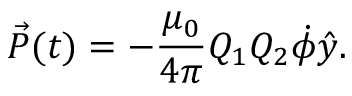
\vec { P } ( t ) = - \frac { \mu _ { 0 } } { 4 \pi } Q _ { 1 } Q _ { 2 } \dot { \phi } \hat { y } .